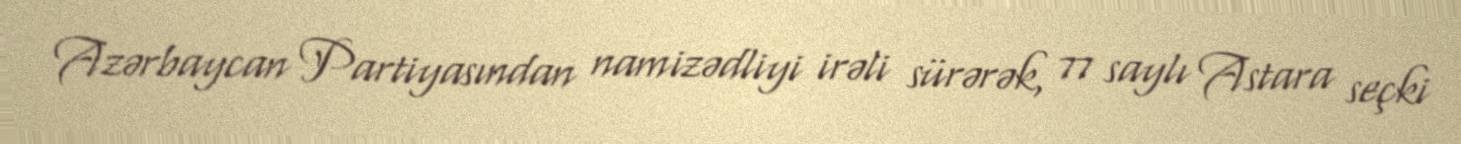
Azərbaycan Partiyasından namizədliyi irəli sürərək, 77 saylı Astara seçki